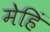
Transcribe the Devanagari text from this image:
मेहिं